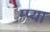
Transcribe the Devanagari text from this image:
म्प्या